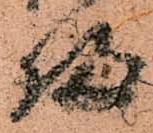
帰